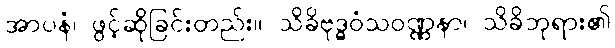
အာပနံ၊ ဖွင့်ဆိုခြင်းတည်း။ သိခိဗုဒ္ဓဝံသဝဏ္ဏနာ၊ သိခိဘုရား၏